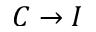
C \rightarrow I